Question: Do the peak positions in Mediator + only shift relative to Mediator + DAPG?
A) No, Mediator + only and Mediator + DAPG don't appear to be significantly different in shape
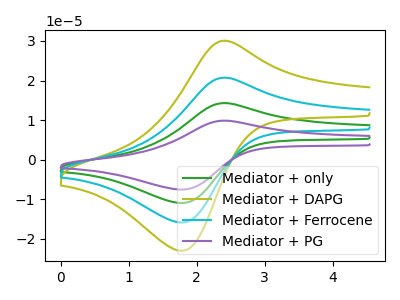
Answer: <think>The green curve "Mediator + only" has an anodic peak at (2.45V, 41.45uA) and a cathodic peak at (1.80V, -31.75uA). The olive curve "Mediator + DAPG" has an anodic peak at (2.45V, 30.05uA) and a cathodic peak at (1.80V, -23.05uA). The cyan curve "Mediator + Ferrocene" has an anodic peak at (2.45V, 20.75uA) and a cathodic peak at (1.80V, -15.90uA). The purple curve "Mediator + PG" has an anodic peak at (2.45V, 62.20uA) and a cathodic peak at (1.80V, -47.65uA).
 All the peaks in "Mediator + only" have a peak in "Mediator + DAPG" at the same potential. Every peak in "Mediator + only" is higher than every peak in "Mediator + DAPG".</think>
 <answer>A) No, "Mediator + only" and "Mediator + DAPG" don't appear to be significantly different in shape</answer>
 <eval>A</eval>